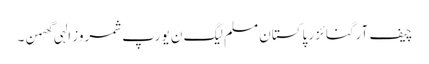
چیف آرگنائزر پاکستان مسلم لیگ ن یورپ شمروز الہی گھمن ۔